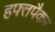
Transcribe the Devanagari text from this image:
हफ्तपैकर